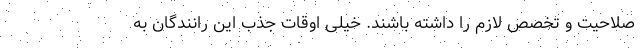
صلاحیت و تخصص لازم را داشته باشند. خیلی اوقات جذب این رانندگان به